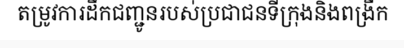
តម្រូវការដឹកជញ្ជូនរបស់ប្រជាជនទីក្រុងនិងពង្រីក